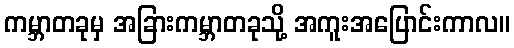
ကမ္ဘာတခုမှ အခြားကမ္ဘာတခုသို့ အကူးအပြောင်းကာလ။